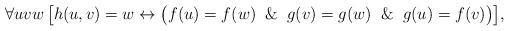
LaTeX: \begin{align*}\forall uvw\, \bigl[{h(u,v) = w} \leftrightarrow \bigl( f(u) = f(w) \And g(v) = g(w) \And g(u) = f(v) \bigr)\bigr],\end{align*}